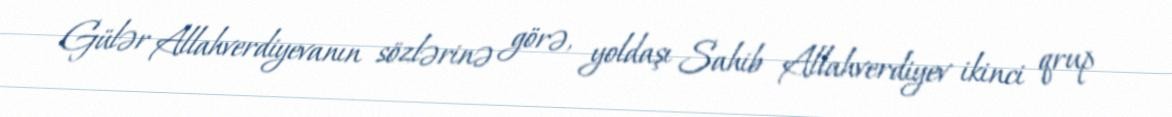
Gülər Allahverdiyevanın sözlərinə görə, yoldaşı Sahib Allahverdiyev ikinci qrup